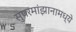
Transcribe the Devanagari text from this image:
सुपरमांझानामध्ये